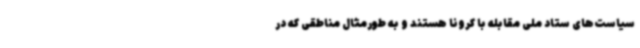
سیاست‌های ستاد ملی مقابله با کرونا هستند و به ‌طورمثال مناطقی که در